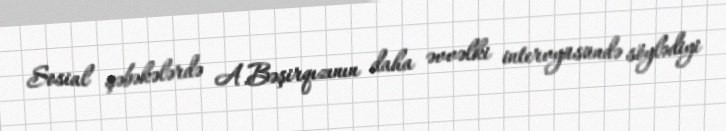
Sosial şəbəkələrdə A.Bəşirqızının daha əvvəlki intervyüsündə söylədiyi